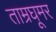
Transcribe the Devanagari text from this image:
ताम्रघूमर